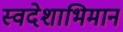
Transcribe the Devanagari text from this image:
स्वदेशाभिमान